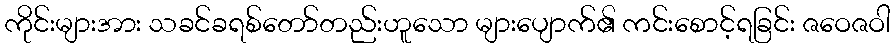
ကိုင်းများအား သခင်ခရစ်တော်တည်းဟူသော များပျောက်၏ ကင်းစောင့်ရခြင်း ဇဝေဇဝါ